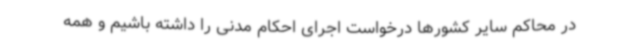
در محاکم سایر کشورها درخواست اجرای احکام مدنی را داشته باشیم و همه